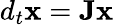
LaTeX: d_{t}\mathbf{x}=\mathbf{J}\mathbf{x}